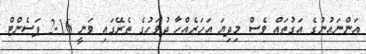
އަންނައުނުގެ އަގުތައް ވެސް މިދިޔަ އަހަރެއްހާ ދުވަހުގެ ތެރޭގައި ވަނީ 2.16 ޕަސެންޓް